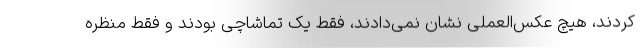
کردند، هیچ عکس‌العملی نشان نمی‌دادند، فقط یک تماشاچی بودند و فقط منظره